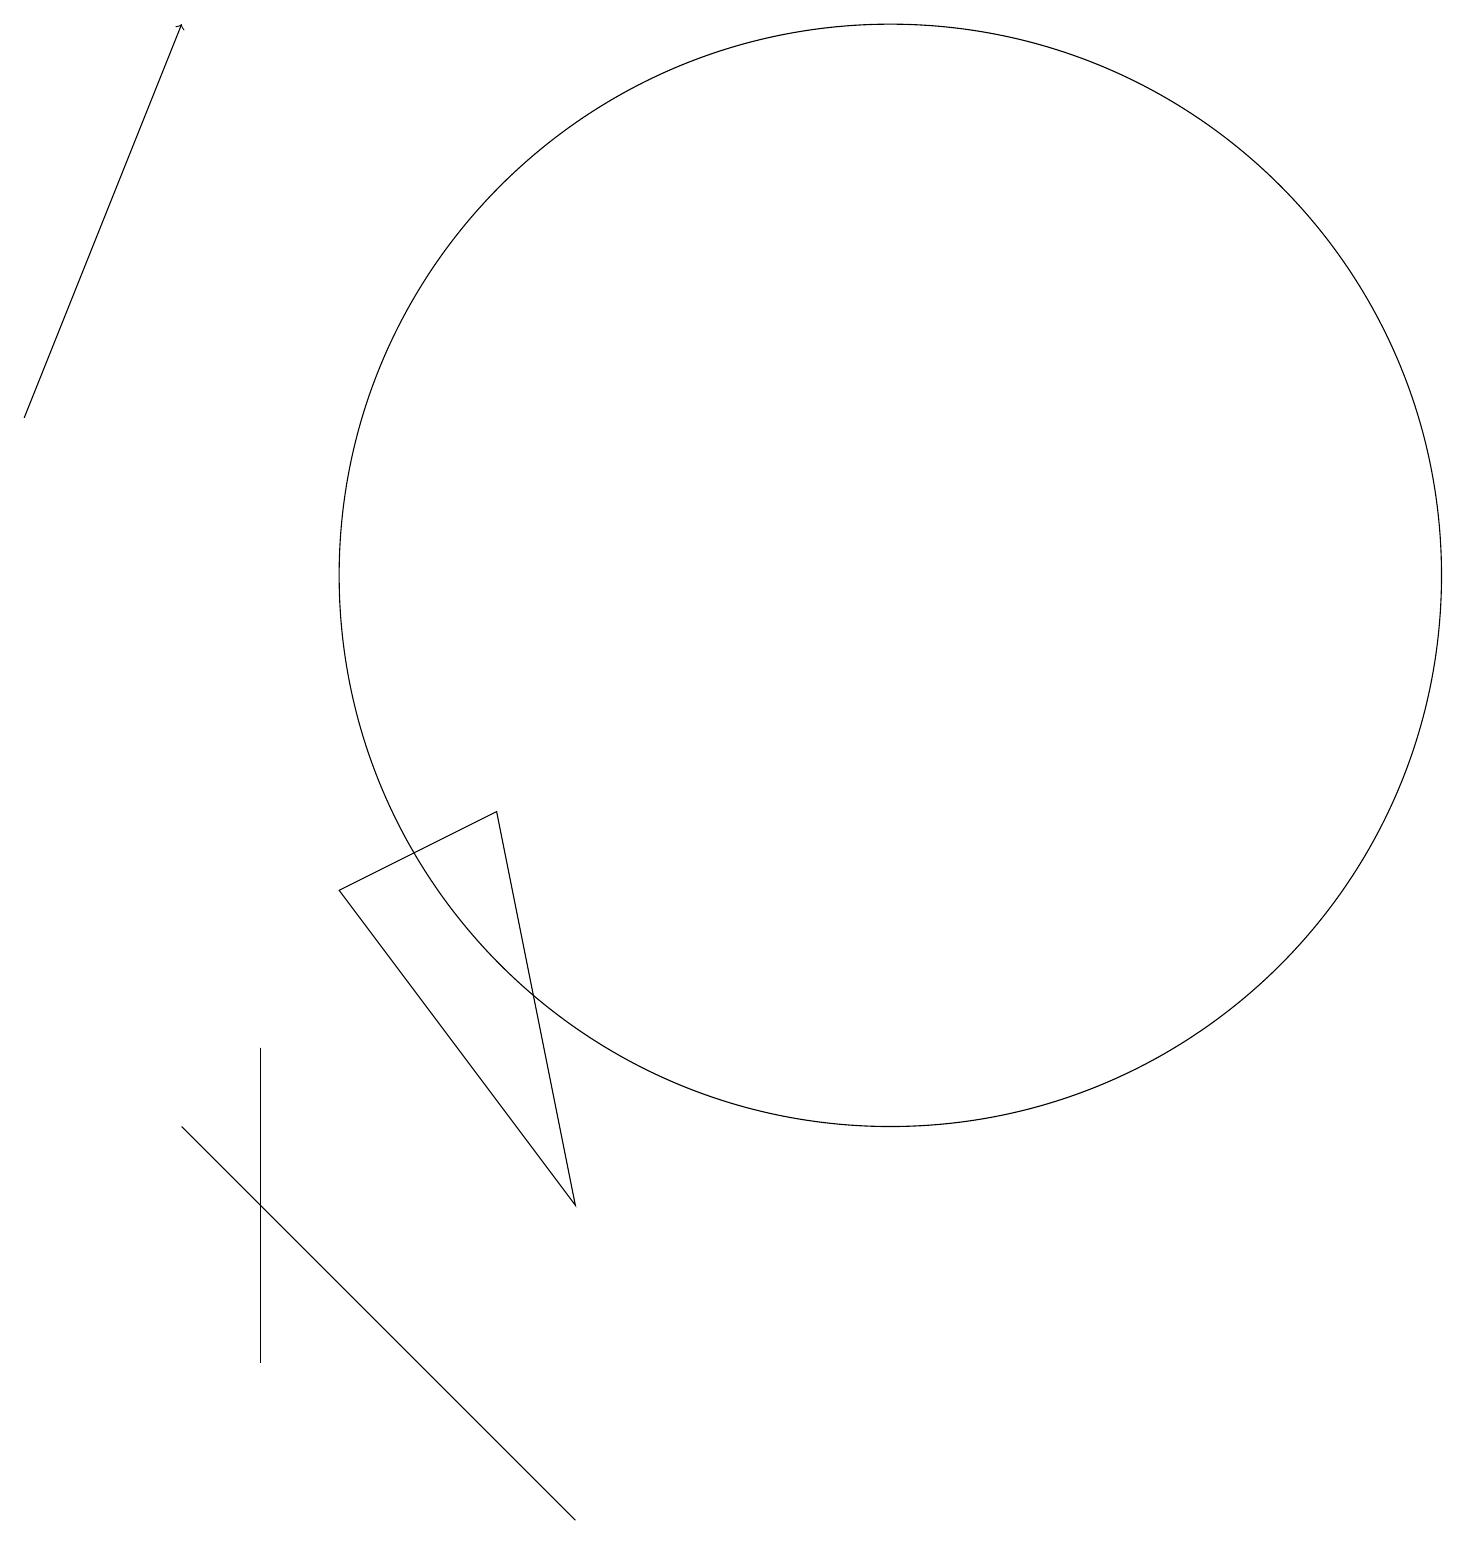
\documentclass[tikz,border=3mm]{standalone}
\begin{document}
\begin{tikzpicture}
\draw (3,6) -- (3,5) -- (3,2) -- cycle;
\draw[->] (0,14) -- (2,19);
\draw (2,5) -- (7,0) -- (6,1) -- cycle;
\draw (6,9) -- (4,8) -- (7,4) -- cycle;
\draw (11,12) circle (7);
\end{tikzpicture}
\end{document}